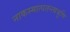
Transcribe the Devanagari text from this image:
नाकस्मात्पतन्त्यश्रूणि